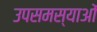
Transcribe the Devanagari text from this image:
उपसमस्याओं